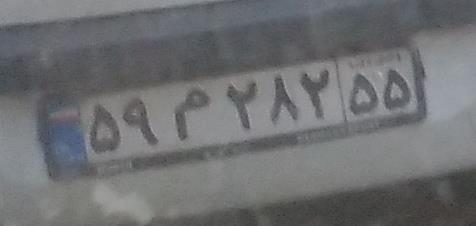
۵۹م۲۸۲۵۵